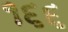
૧૬૬